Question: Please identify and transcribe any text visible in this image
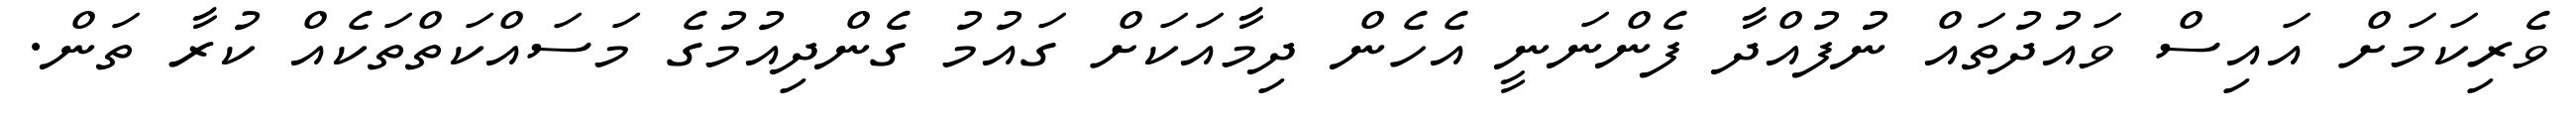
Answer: ވެރިކަމަށް އައިސް ވައުދުތައް ނުފުއްދާ ފެންނަނީ އެހެން ދިމާއަކަށް ގައުމު ގެންދިއުމުގެ މަސައްކަތްތަކެއް ކުރާ ތަން.